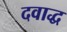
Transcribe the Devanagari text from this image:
दवाद्ध